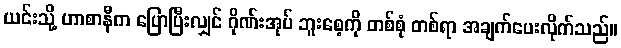
ယင်းသို့ ဟာစာနီက ပြောပြီးလျှင် ဂိုဏ်းအုပ် ဘူးစေ့ကို တစ်စုံ တစ်ရာ အချက်ပေးလိုက်သည်။